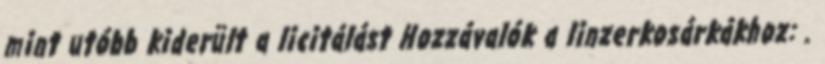
mint utóbb kiderült a licitálást Hozzávalók a linzerkosárkákhoz: .